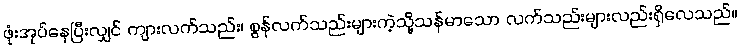
ဖုံးအုပ်နေပြီးလျှင် ကျားလက်သည်း၊ စွန်လက်သည်းများကဲ့သို့သန်မာသော လက်သည်းများလည်းရှိလေသည်။